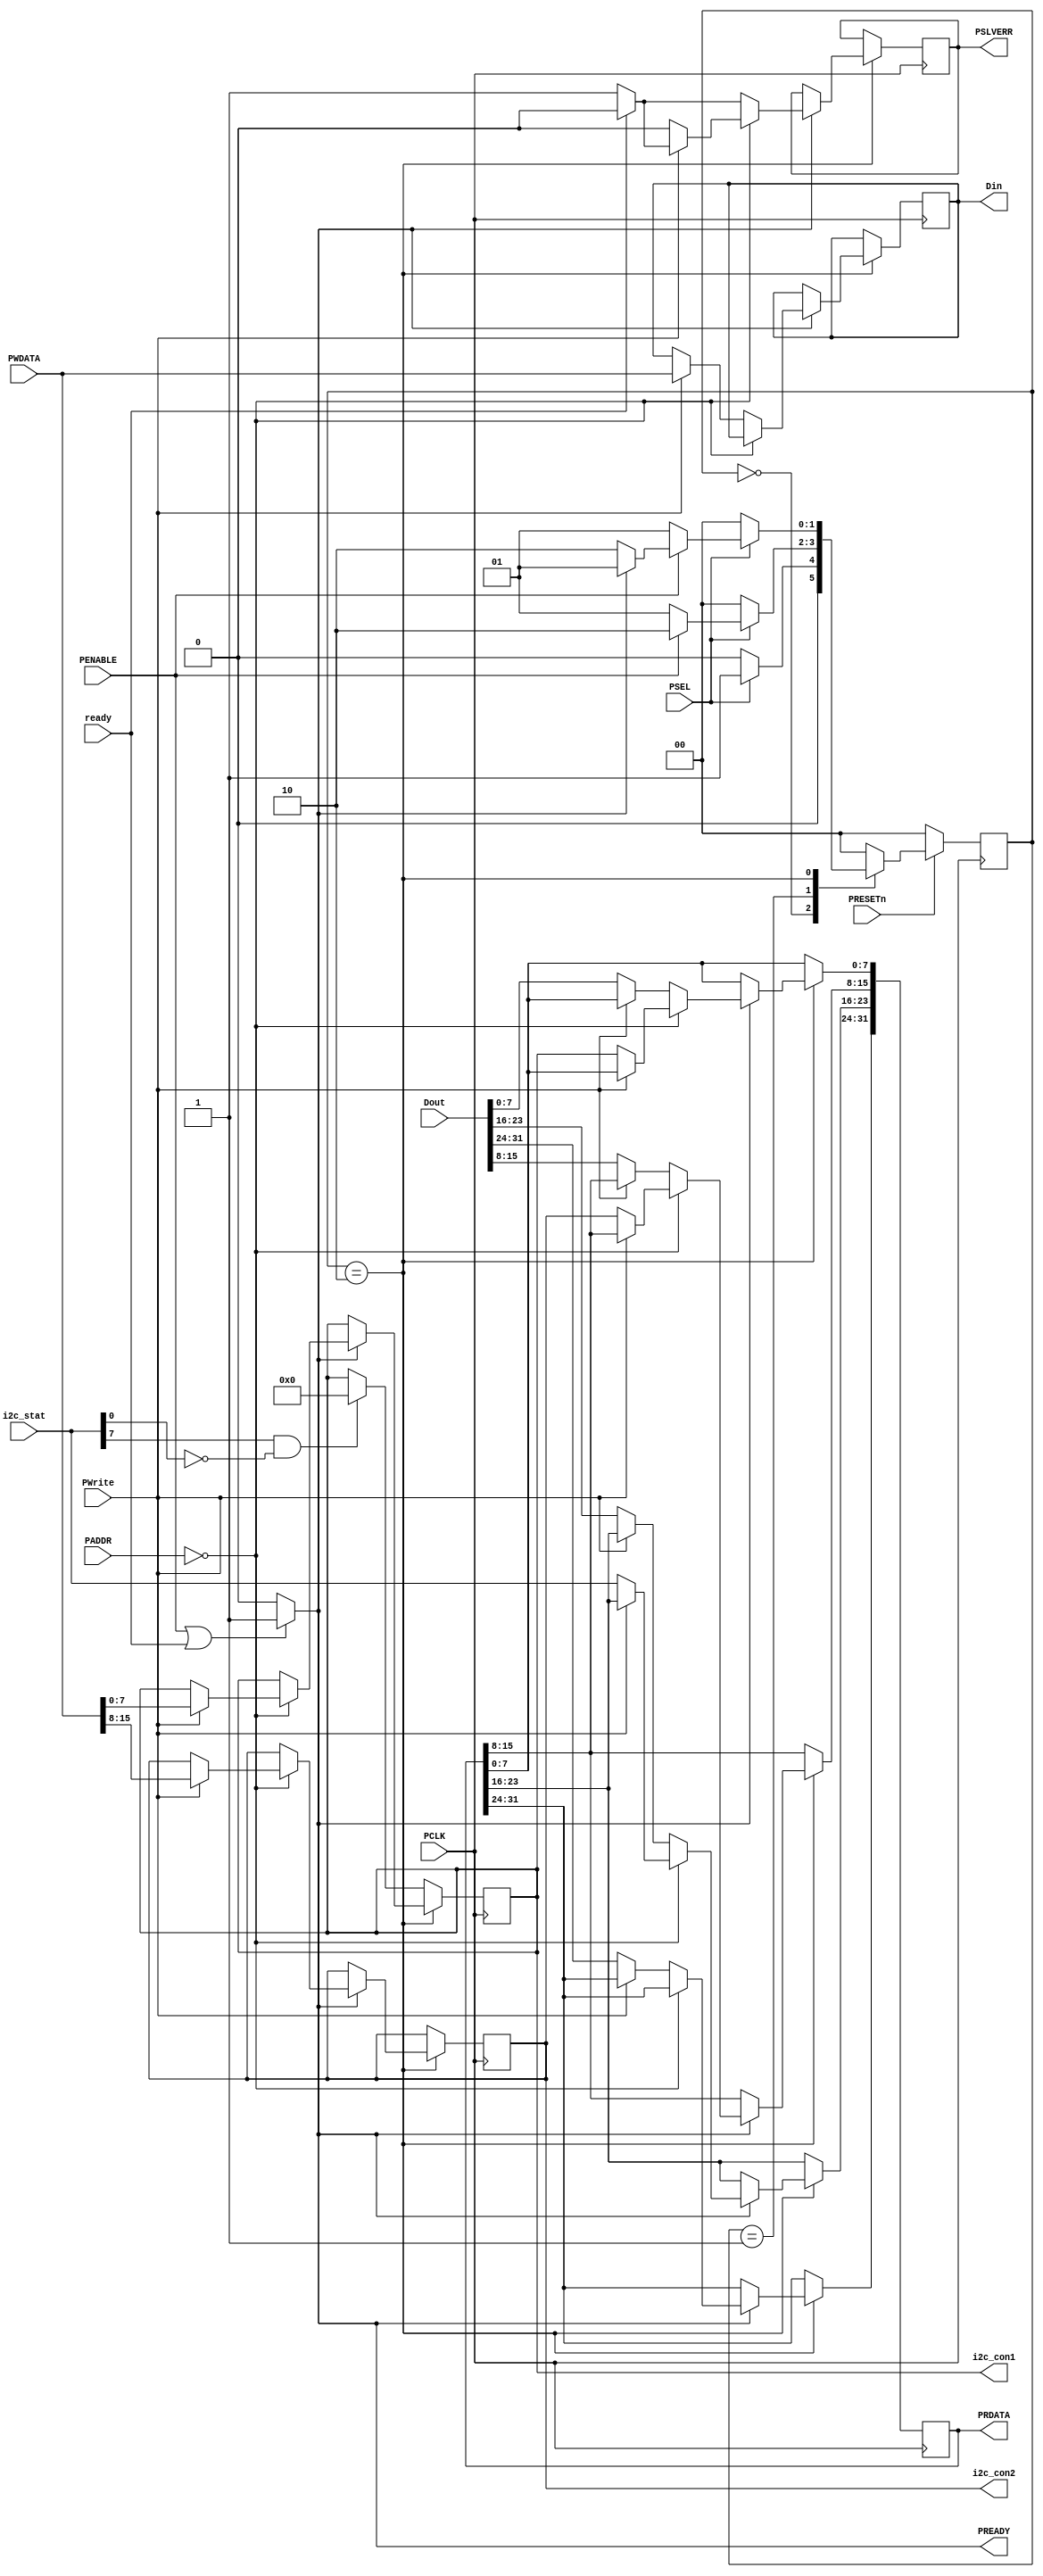
`timescale 1ns / 1ps
//////////////////////////////////////////////////////////////////////////////////
// Company: 
// 
// Design Name: 
// Module Name:    apb_slave 
// Project Name: 
// Target Devices: 
// Tool versions: 
// Description: 
//
// Dependencies: 
//
// Revision: 
// Revision 0.01 - File Created
// Additional Comments: 
//
//////////////////////////////////////////////////////////////////////////////////

module apb_slave(
	input wire PCLK,
	input wire PRESETn,
	input wire PSEL,
	input wire PENABLE,
	input wire PWrite,
	input wire [31:0] PADDR,
	input wire [31:0] PWDATA,
	input wire [31:0] Dout,
	
	input wire ready,
	input wire [7:0] i2c_stat,
	
	output PREADY,
	output reg PSLVERR = 0,
	output reg [31:0] PRDATA = 0,
	output reg [31:0] Din = 0,
	output reg [7:0] i2c_con1 = 0,
	output reg [7:0] i2c_con2 = 0
    );
	 
	localparam         ////states declaration
		IDLE = 0,
		SETUP = 1,
		ACCESS = 2;
	
	reg [1:0] state = 0;
	reg [1:0] nxt_state = 0;
	
	assign PREADY = (PENABLE | ready) ? 1'b1 : 1'b0;  // PREADY signal 
	
	always @(posedge PCLK) begin
		if (!PRESETn) begin
			state <= IDLE;
		end
		else begin
			state <= nxt_state;
		end
	end
	
	always @(negedge PCLK) begin
		if (state == ACCESS) begin
			if (PREADY == 1) begin
				if (PADDR == 0) begin 
					if (PWrite == 1) begin //config write
						i2c_con1 <= PWDATA[7:0];
						i2c_con2 <= PWDATA[15:8];
						PSLVERR <= (!ready) ? 1'b1 : 1'b0;
					end
					
					else begin //status read 
						PRDATA[7:0] <= i2c_con1;
						PRDATA[15:8] <= i2c_con2;
						PRDATA[23:16] <= i2c_stat;
						PSLVERR <= 1'b0;
					end
					
				end
				
				else begin
					if (PWrite == 1) begin //data write
						Din <= PWDATA;
						PSLVERR <= (!ready) ? 1'b1 : 1'b0;
					end
					
					else begin     //data read
						PRDATA <= Dout;
						PSLVERR <= (!ready) ? 1'b1 : 1'b0;
					end
				end
			
			end
		
		end
		else begin
			if (i2c_stat[7] == 1 && i2c_stat[0] == 0) begin
				i2c_con1 <= 0;
			end
		end
	
	end
	
	always @(*) begin /////state machine combinational block
		case (state) 
			IDLE: begin
				if (PSEL) 
					nxt_state = SETUP;
				else 
					nxt_state = IDLE;
			end
			SETUP: begin
				if (PSEL) begin 
					if (PENABLE)
						nxt_state = ACCESS;
					else 
						nxt_state = SETUP;
				end
				else 
					nxt_state = IDLE;
			end
			ACCESS: begin
				if (PSEL) begin 
					if (PENABLE)
						if (PREADY)
							nxt_state = SETUP;
						else 
							nxt_state = ACCESS;
					else 
						nxt_state = SETUP;
				end
				else 
					nxt_state = IDLE;
			end
			default: begin
				nxt_state = IDLE;
			end
			
		endcase
	end
	


endmodule